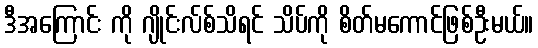
ဒီအကြောင်း ကို ဂျိုင်းလ်စ်သိရင် သိပ်ကို စိတ်မကောင်ဖြစ်ဦးမယ်။